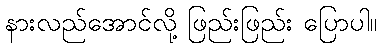
နားလည်အောင်လို့ ဖြည်းဖြည်း ပြောပါ။